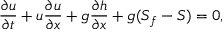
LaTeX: { \frac { \partial u } { \partial t } } + u { \frac { \partial u } { \partial x } } + g { \frac { \partial h } { \partial x } } + g ( S _ { f } - S ) = 0 ,